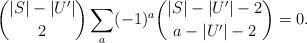
LaTeX: \begin{align*} \binom{|S|-|U'|}{2} \sum_a (-1)^a \binom{|S|-|U'|-2}{a-|U'|-2} = 0. \end{align*}